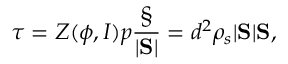
\boldsymbol { \tau } = Z ( \phi , I ) p \frac { \S } { | \mathrm { \bf S } | } = d ^ { 2 } \rho _ { s } | \mathrm { \bf S } | \mathrm { \bf S } ,